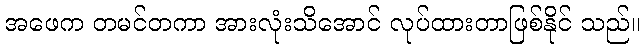
အဖေက တမင်တကာ အားလုံးသိအောင် လုပ်ထားတာဖြစ်နိုင် သည်။